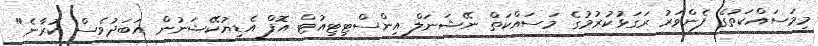
މިމަސައްކަތުގެ ފެންވަރު ރަގަޅުކުރުމުގެ މަސައްކަތް ނޭޝަނަލް އިންސްޓިޓިއުޓް އޮފް އެޑިޔުކޭޝަނުން އަބަދުވެސް ކުރާނެ"